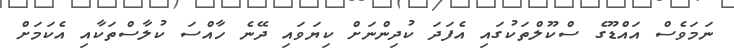
ނަމަވެސް އައްޑޫގެ ސްކޫލްތަކުގައި އެފަދަ ކުދިންނަށް ކިޔަވައި ދޭނެ ހާއްސަ ކުލާސްތަކާއި އެކަމަށް